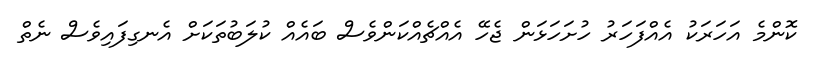
ކޮންމެ އަހަރަކު އެއްފަހަރު ހުށަހަޅަން ޖެހޭ އެއްޗެއްކަންވެސް ބައެއް ކުލަބުތަކަށް އެނގިފައިވެސް ނެތް